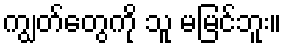
ကျွတ်တွေကို သူ မမြင်ဘူး။